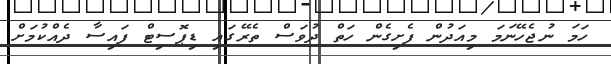
ހަމަ ނުޖެހޭނަމަ މިއަދުން ފެށިގެން ހަތް ދުވަސް ތެރޭގައި ޑިޕޮސިޓް ފައިސާ ދެއްކުމަށް